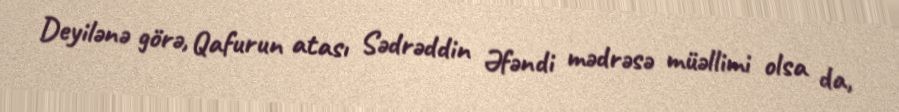
Deyilənə görə, Qafurun atası Sədrəddin Əfəndi mədrəsə müəllimi olsa da,